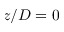
z / D = 0